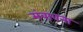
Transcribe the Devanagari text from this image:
संबावना